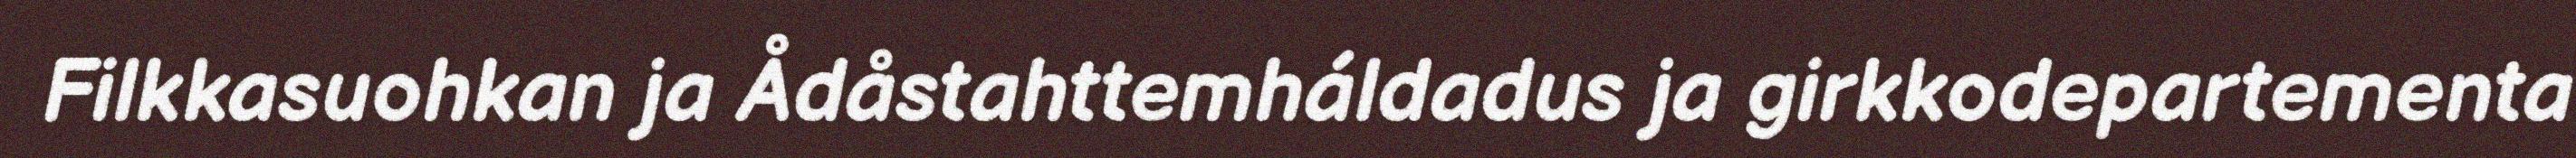
Filkkasuohkan ja Ådåstahttemháldadus ja girkkodepartementa